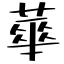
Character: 蕐